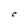
Character: C